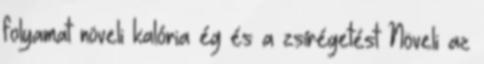
folyamat növeli kalória ég és a zsírégetést Növeli az